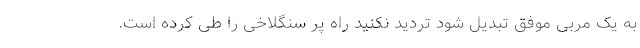
به یک مربی موفق تبدیل شود تردید نکنید راه پر سنگلاخی را طی کرده است.